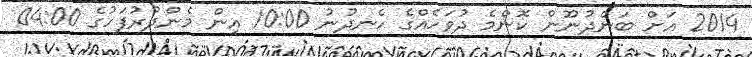
2014 އަށް ބަންދުނޫން ކޮންމެ ދުވަހެއްގެ ހެނދުނު 10:00 އިން މެންދުރުުފަހުގެ 04:00